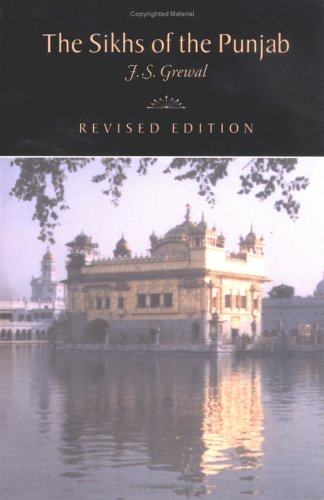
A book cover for The Sikhs of the Punjab (The New Cambridge History of India); J. S. Grewal; Religion & Spirituality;